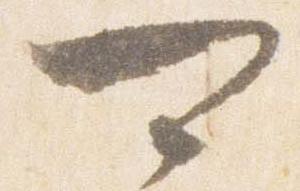
可